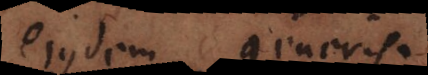
ejusdem generis.